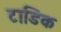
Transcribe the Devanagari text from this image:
टाडिक